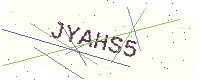
Text: JYAHS5